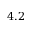
4 . 2